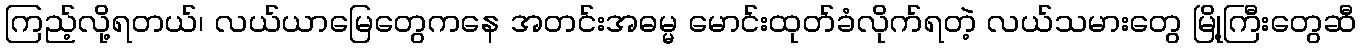
ကြည့်လို့ရတယ်၊ လယ်ယာမြေတွေကနေ အတင်းအဓမ္မ မောင်းထုတ်ခံလိုက်ရတဲ့ လယ်သမားတွေ မြို့ကြီးတွေဆီ